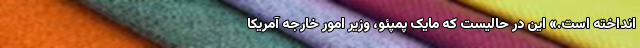
انداخته است.» این در حالیست که مایک پمپئو، وزیر امور خارجه آمریکا